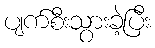
ပျက်စီးသွားခဲ့ပြီး